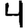
Digit: 4